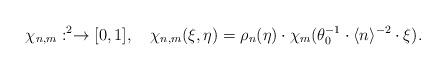
LaTeX: \begin{align*}\chi_{n,m}:\real^{2}\to[0,1],\quad\chi_{n,m}(\xi,\eta)=\rho_{n}(\eta)\cdot\chi_{m}(\theta_{0}^{-1}\cdot\langle n\rangle^{-2}\cdot\xi).\end{align*}